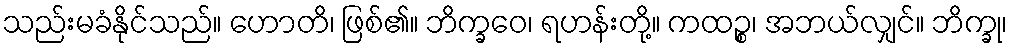
သည်းမခံနိုင်သည်။ ဟောတိ၊ ဖြစ်၏။ ဘိက္ခဝေ၊ ရဟန်းတို့။ ကထဉ္စ၊ အဘယ်လျှင်။ ဘိက္ခု၊